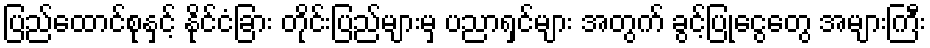
ပြည်ထောင်စုနှင့် နိုင်ငံခြား တိုင်းပြည်များမှ ပညာရှင်များ အတွက် ခွင့်ပြုငွေတွေ အများကြီး